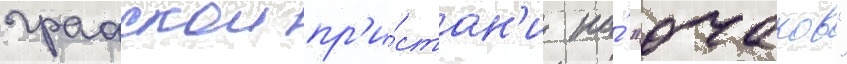
графскои пр'и́стан'и на́ "очаков"